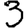
Digit: 3